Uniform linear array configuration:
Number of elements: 12
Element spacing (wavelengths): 0.25
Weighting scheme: uniform
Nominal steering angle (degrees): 60
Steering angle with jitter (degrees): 61.177
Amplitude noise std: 0.05
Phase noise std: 0.05

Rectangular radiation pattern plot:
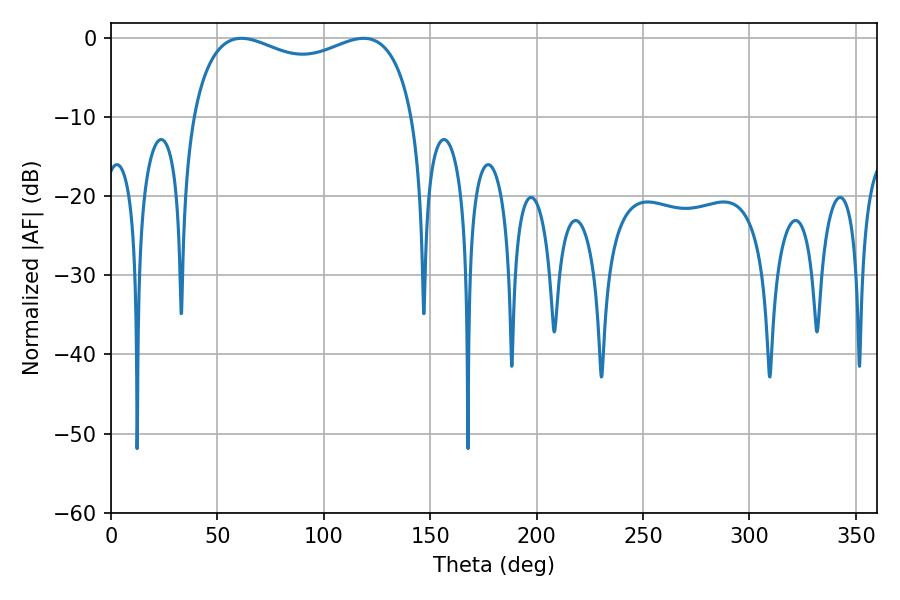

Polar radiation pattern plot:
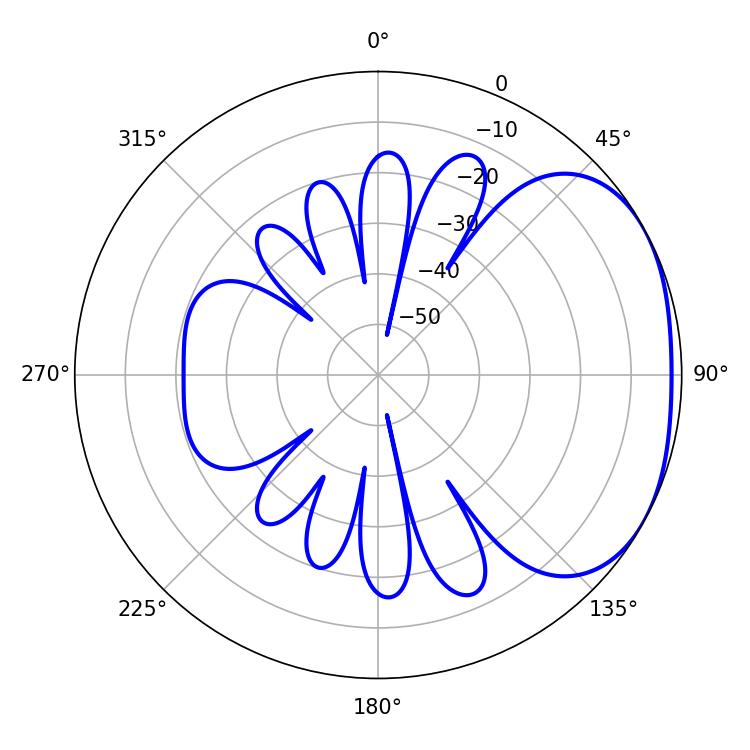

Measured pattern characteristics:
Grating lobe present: FALSE
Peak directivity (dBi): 2.381
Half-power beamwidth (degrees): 86.04
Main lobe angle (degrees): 61.38